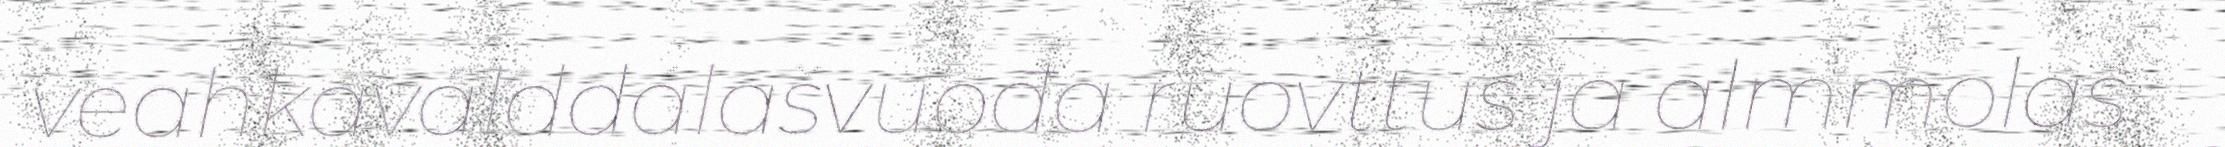
veahkaválddálašvuođa ruovttus ja almmolaš